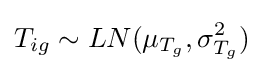
T_{ig}\sim LN(\mu _{T_{g}},\sigma _{T_{g}}^{2})